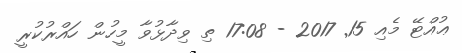
ޢުއްޓޭ މެއި 15